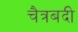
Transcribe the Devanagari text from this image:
चैत्रबदी